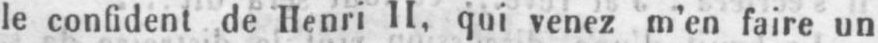
le confident de Henri II, qui venez m’en faire un